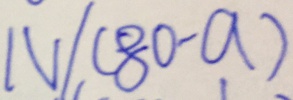
N / ( 8 0 - a )